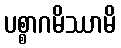
ပစ္စာဂမိဿာမိ